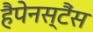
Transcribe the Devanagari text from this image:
हैपेनस्टैंस